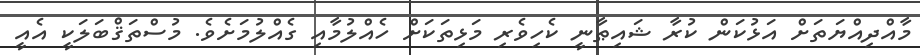
މާއްދިއްޔަތަށް އަޅުކަން ކުރާ ޝައިޠާނީ ކެހިވެރި މަޅިތަކަށް ހެއްލުމާއި ގެއްލުމަށެވެ. މުސްތަޤްބަލަކީ އެއީ